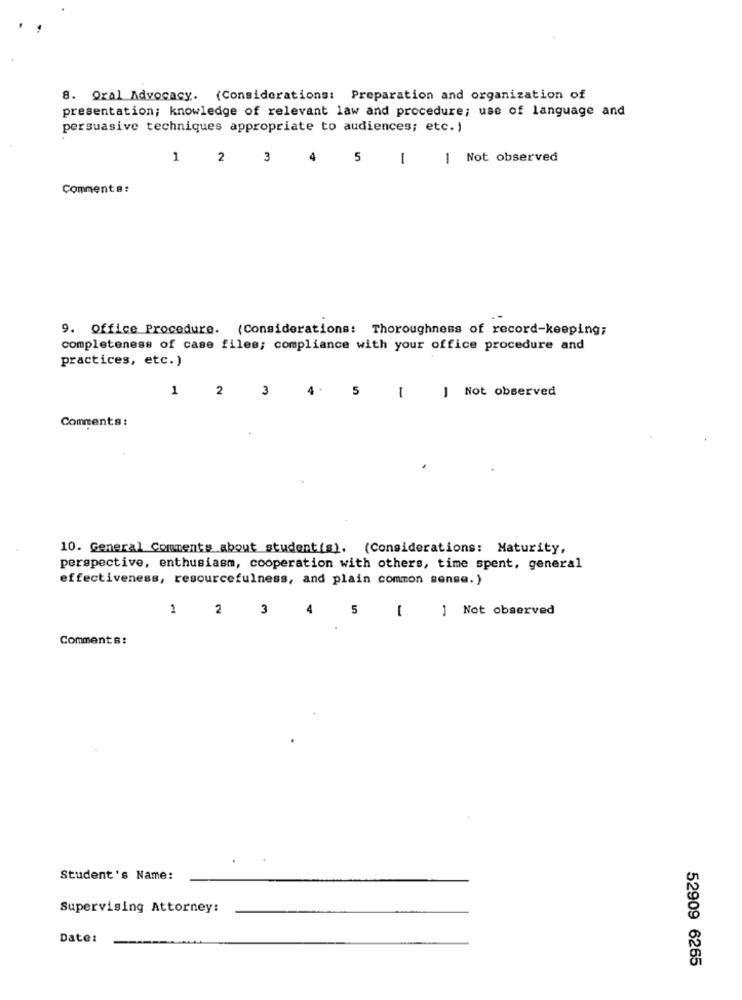
8. Oral Advocacy. (Considerations: Preparation and organization of
presentation; knowledge of relevant law and procedure; use of language and
persuasive techniques appropriate to audiences; etc. )
1
2
3
5
1
| Not observed
Commenta:
9. Office Procedure. (Considerations: Thoroughness of record-keeping;
completeness of case files; compliance with your office procedure and
practices, etc.)
1
2
3
4 .
5
1 Not observed
1
Comments :
10. General Comments about student(s). (Considerations: Maturity,
perspective, enthusiasm, cooperation with others, time spent, general
effectiveness, resourcefulness, and plain common sense.)
1 2 3
-
] Not observed
4
5
Comments:
Student's Name:
Supervising Attorney:
Date:
52909 6265